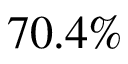
7 0 . 4 \%